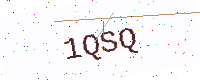
Text: 1QSQ